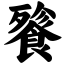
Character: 餮